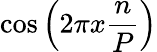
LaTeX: \cos\left(2\pi x{\frac{n}{P}}\right)